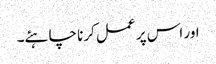
اور اس پر عمل کرنا چاہئے۔